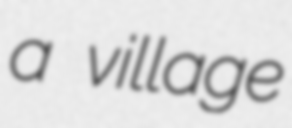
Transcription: a village